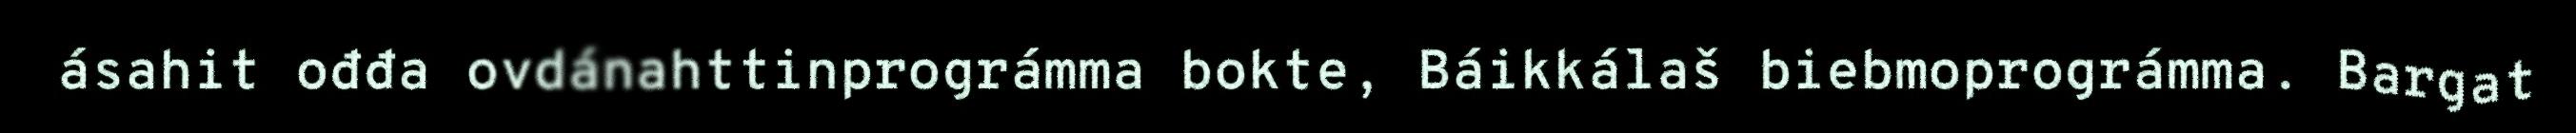
ásahit ođđa ovdánahttinprográmma bokte, Báikkálaš biebmoprográmma. Bargat